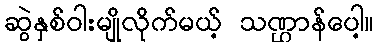
ဆွဲနှစ်ဝါးမျိုလိုက်မယ့် သဏ္ဌာန်ပေါ့။